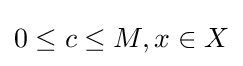
{\textstyle 0\leq c\leq M,x\in X}